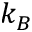
k _ { B }